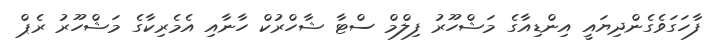
ފާހަގަވެގެންދިޔައީ އިންޑިއާގެ މަޝްހޫރު ފިލްމް ސްޓާ ޝާހްރުކް ހާނާއި އެމެރިކާގެ މަޝްހޫރު ރެޕް